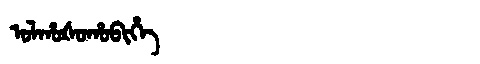
Manchu: ᠣᠯᡥᠣᡧᠣᡥᠣᠪᡳᡥᡝ
Romanization: OLHOŠOHOBIHE